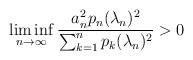
LaTeX: \begin{align*} \liminf_{n\to\infty} \frac{a_n^2 p_n(\lambda_n)^2}{\sum_{k=1}^n p_k(\lambda_n)^2} > 0 \end{align*}